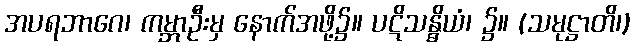
အပရဘာဂေ၊ ကမ္ဘာဦးမှ နောက်အဖို့၌။ ပဋိသန္ဓိယံ၊ ၌။ (သမုဋ္ဌာတိ၊)